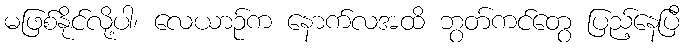
မဖြစ်နိုင်လို့ပါ၊ လေယာဉ်က နောက်လအထိ ဘွတ်ကင်တွေ ပြည့်နေပြီ